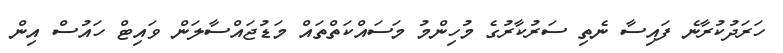
ހަރަދުކުރާނެ ފައިސާ ނެތި ސަރުކާރުގެ މުހިންމު މަސައްކަތްތައް މަޑުޖައްސާލަން ވައިޓް ހައުސް އިން